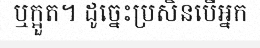
ឬក្អួត។ ដូច្នេះប្រសិនបើអ្នក